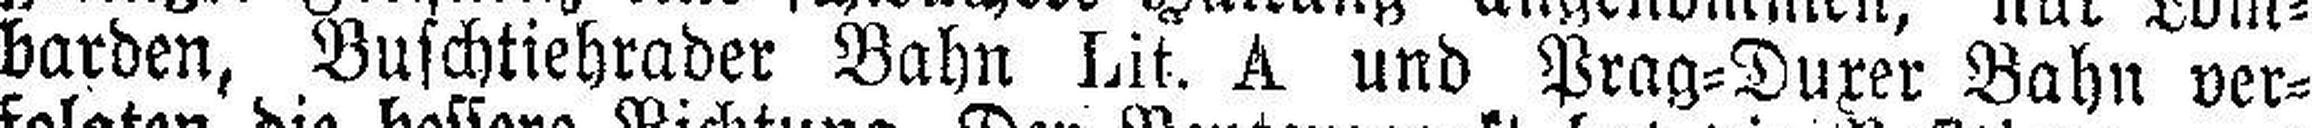
barden, Buschtiehrader Bahn Lit. A und Prag=Duxer Bahn ver¬